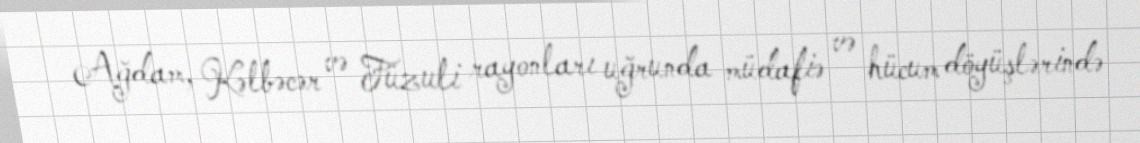
Ağdam, Kəlbəcər və Füzuli rayonları uğrunda müdafiə və hücum döyüşlərində